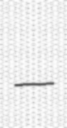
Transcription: –